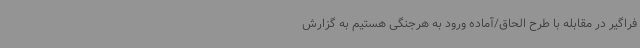
فراگیر در مقابله با طرح الحاق/آماده ورود به هرجنگی هستیم به گزارش